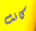
كانت